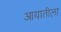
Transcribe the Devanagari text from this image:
आयातीला